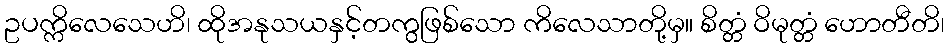
ဥပက္ကိလေသေဟိ၊ ထိုအနုသယနှင့်တကွဖြစ်သော ကိလေသာတို့မှ။ စိတ္တံ ဝိမုတ္တံ ဟောတီတိ၊